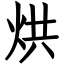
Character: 烘